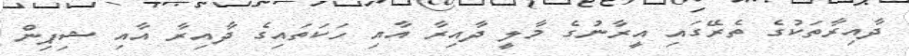
ދާއިރާތަކުގެ ތެރޭގައި އީރާނުގެ މާލީ ދާއިރާ އާއި ހަކަތައިގެ ދާއިރާ އާއި ޝިޕިން